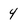
Character: 4